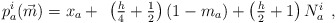
\begin{align*}p_{a}^{i}(\vec{m})=x_{a}+ \begin{array}{c} \left( \frac{h}{4}+\frac{1}{2}\right) \left( 1-m_a\right) +\left( \frac{h}{2}+1\right) N_{a}^{i} \end{array} ,\end{align*}